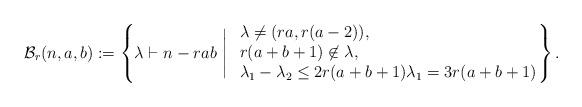
LaTeX: \begin{align*} \mathcal B_r(n,a,b) := \left \{ \lambda \vdash n-rab \ \Bigg | \ \begin{array}{l} \lambda\neq (ra, r(a-2)), \\ r(a+b+1)\not \in \lambda, \\ \lambda_1-\lambda_2 \leq 2r(a+b+1) \lambda_1 = 3r(a+b+1) \end{array} \!\!\right\}. \end{align*}